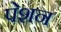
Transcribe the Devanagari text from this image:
पेशन